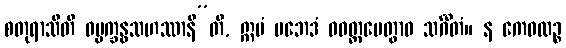
စတုရာသီတိ ဓမ္မက္ခန္ဓသဟဿာနီ”တိ, ဣမံ ပဘေဒံ ဝဝတ္ထပေတွာဝ သင်္ဂီတံ။ န ကေဝလဉ္စ